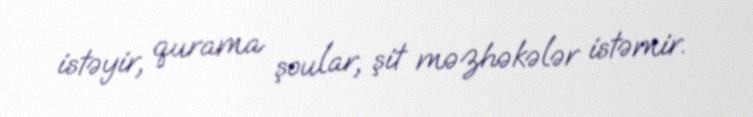
istəyir, qurama şoular, şit məzhəkələr istəmir.